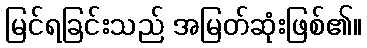
မြင်ရခြင်းသည် အမြတ်ဆုံးဖြစ်၏။